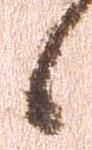
候